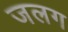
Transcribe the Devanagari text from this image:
जलग